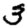
Digit: 3